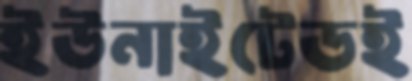
ইউনাইটেডই